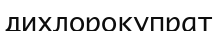
дихлорокупрат